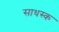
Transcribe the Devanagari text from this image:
साधस्क